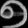
Digit: ၅